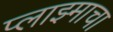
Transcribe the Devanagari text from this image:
प्लाझ्माचा